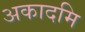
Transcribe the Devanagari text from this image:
अकादमि